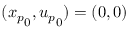
( { x _ { p } } _ { 0 } , { u _ { p } } _ { 0 } ) = ( 0 , 0 )